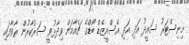
މިނިސްޓަރު ސައީދު އަދި އަދި އެސްއީޒެޑް ބޯޑްގެ ޗެއާމަން ވިދާޅުވީ ސަރުކާރުން ރާވާފައި